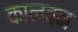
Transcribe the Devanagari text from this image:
कालवन